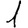
Digit: 1